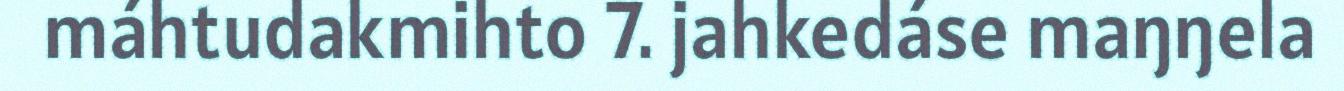
máhtudakmihto 7. jahkedáse maŋŋela